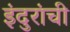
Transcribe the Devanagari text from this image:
इंदुरांची